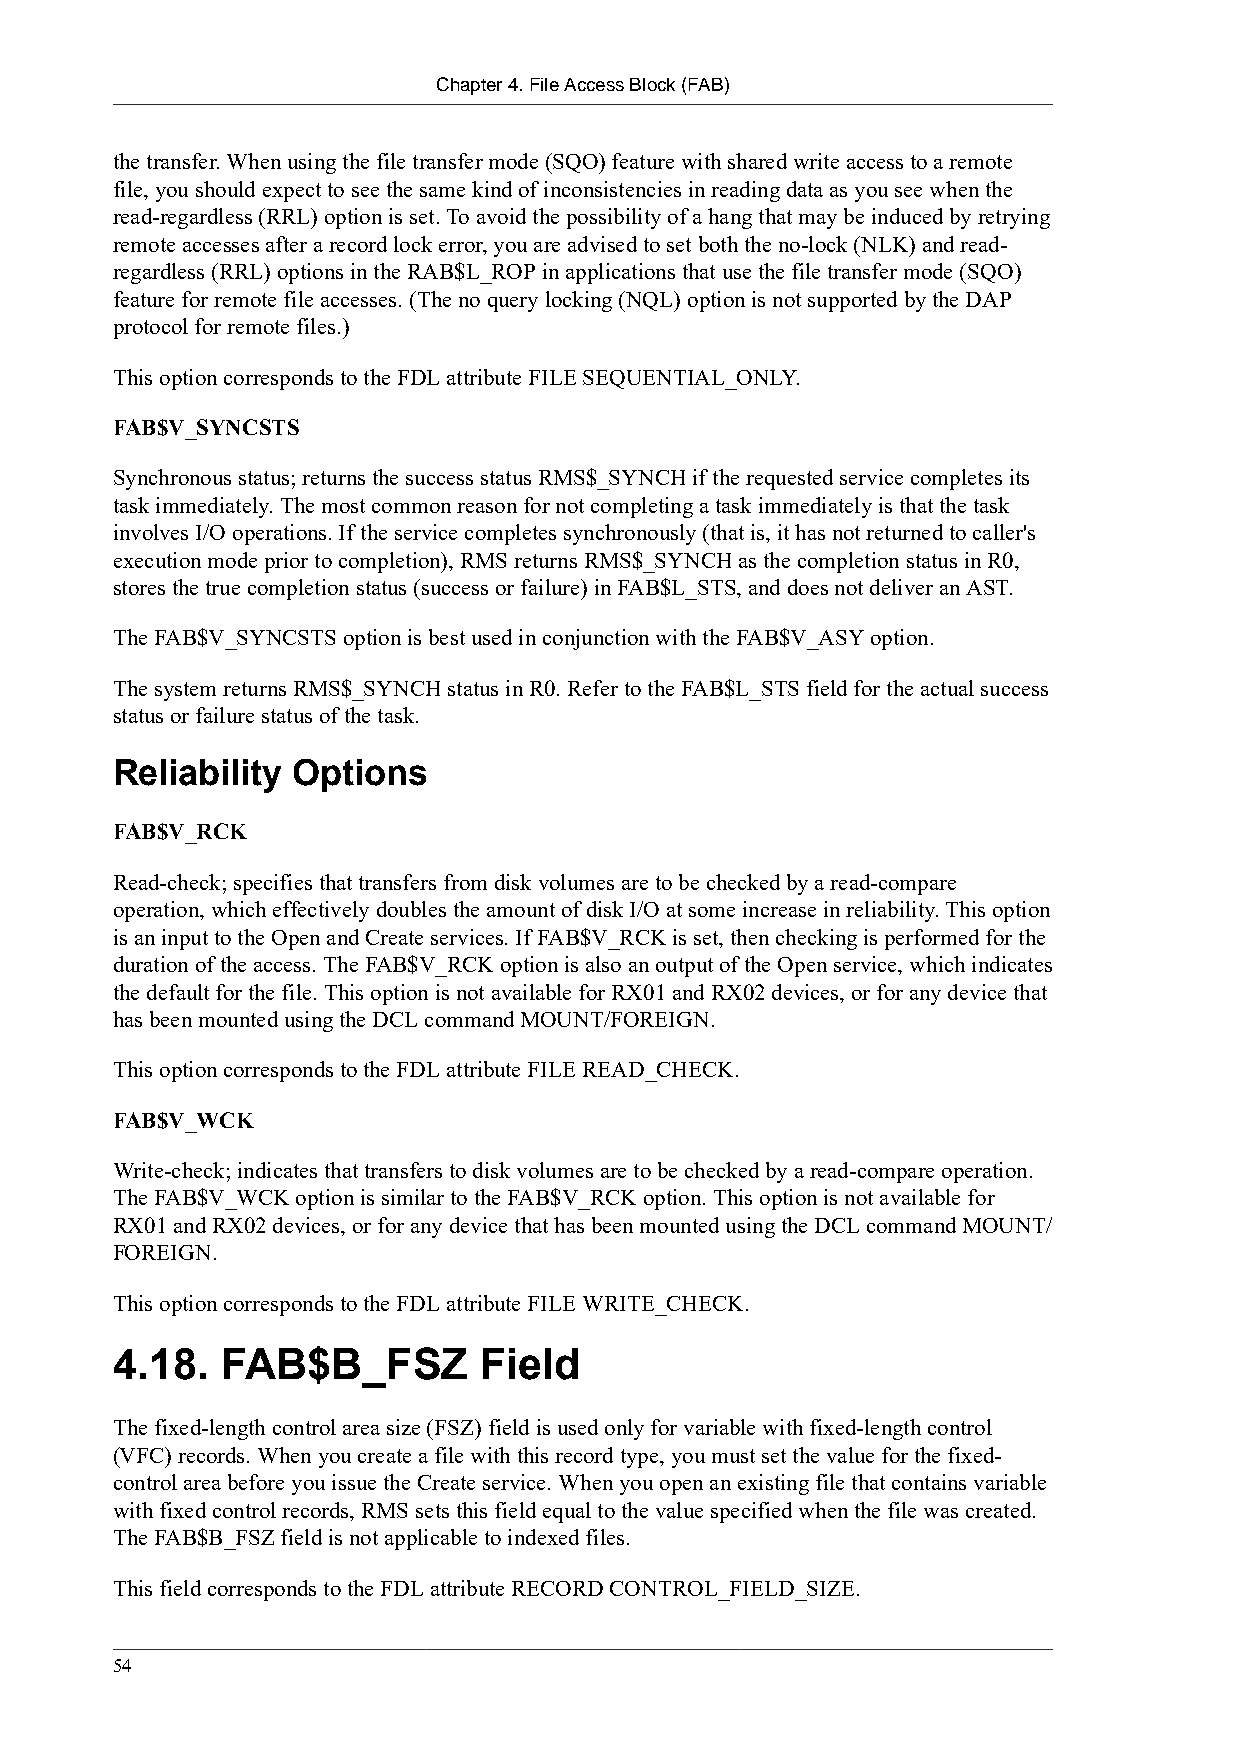
Chapter 4. File Access Block (FAB)
 the transfer. When using the file transfer mode (SQO) feature with shared write access to a remote
 file, you should expect to see the same kind of inconsistencies in reading data as you see when the
 read-regardless (RRL) option is set. To avoid the possibility of a hang that may be induced by retrying
 remote accesses after a record lock error, you are advised to set both the no-lock (NLK) and read-
 regardless (RRL) options in the RAB$L_ROP in applications that use the file transfer mode (SQO)
 feature for remote file accesses. (The no query locking (NQL) option is not supported by the DAP
 protocol for remote files.)
 This option corresponds to the FDL attribute FILE SEQUENTIAL_ONLY.
 FAB$V_SYNCSTS
 Synchronous status; returns the success status RMS$_SYNCH if the requested service completes its
 task immediately. The most common reason for not completing a task immediately is that the task
 involves I/O operations. If the service completes synchronously (that is, it has not returned to caller's
 execution mode prior to completion), RMS returns RMS$_SYNCH as the completion status in R0,
 stores the true completion status (success or failure) in FAB$L_STS, and does not deliver an AST.
 The FAB$V_SYNCSTS option is best used in conjunction with the FAB$V_ASY option.
 The system returns RMS$_SYNCH status in R0. Refer to the FAB$L_STS field for the actual success
 status or failure status of the task.
 Reliability Options
 FAB$V_RCK
 Read-check; specifies that transfers from disk volumes are to be checked by a read-compare
 operation, which effectively doubles the amount of disk I/O at some increase in reliability. This option
 is an input to the Open and Create services. If FAB$V_RCK is set, then checking is performed for the
 duration of the access. The FAB$V_RCK option is also an output of the Open service, which indicates
 the default for the file. This option is not available for RX01 and RX02 devices, or for any device that
 has been mounted using the DCL command MOUNT/FOREIGN.
 This option corresponds to the FDL attribute FILE READ_CHECK.
 FAB$V_WCK
 Write-check; indicates that transfers to disk volumes are to be checked by a read-compare operation.
 The FAB$V_WCK option is similar to the FAB$V_RCK option. This option is not available for
 RX01 and RX02 devices, or for any device that has been mounted using the DCL command MOUNT/
 FOREIGN.
 This option corresponds to the FDL attribute FILE WRITE_CHECK.
 4.18.   FAB$B_FSZ        Field
 The fixed-length control area size (FSZ) field is used only for variable with fixed-length control
 (VFC) records. When you create a file with this record type, you must set the value for the fixed-
 control area before you issue the Create service. When you open an existing file that contains variable
 with fixed control records, RMS sets this field equal to the value specified when the file was created.
 The FAB$B_FSZ field is not applicable to indexed files.
 This field corresponds to the FDL attribute RECORD CONTROL_FIELD_SIZE.
 54